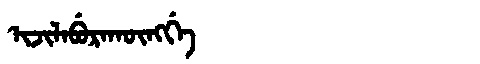
Manchu: ᡳᠵᡳᠯᠠᠪᡠᡵᠠᡴᡡᠩᡤᡝ
Romanization: IJILABURAKŪNGGE